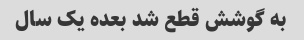
به گوشش قطع شد بعده یک سال